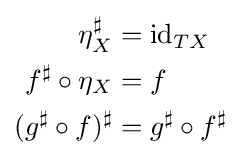
{\begin{aligned}\eta _{X}^{\sharp }&=\mathrm {id} _{TX}\\f^{\sharp }\circ \eta _{X}&=f\\(g^{\sharp }\circ f)^{\sharp }&=g^{\sharp }\circ f^{\sharp }\end{aligned}}